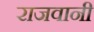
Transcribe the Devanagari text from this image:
राजवानी